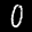
Label: 0